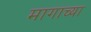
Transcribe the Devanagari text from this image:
मागाच्या